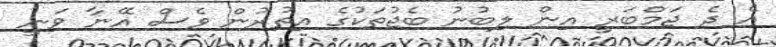
އެ ދެ ޖަމްބަރީ އިން ލިބުނު ބެޖުތަކުގެ އިތުރުން ވެސް އޭނާ ވަނީ